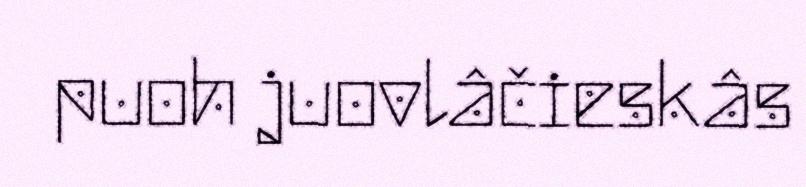
puoh juovlâčieskâs